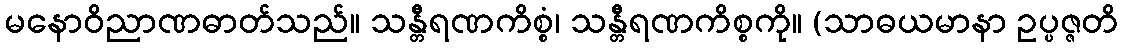
မနောဝိညာဏဓာတ်သည်။ သန္တီရဏကိစ္စံ၊ သန္တီရဏကိစ္စကို။ (သာဓယမာနာ ဥပ္ပဇ္ဇတိ